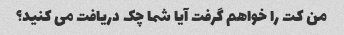
من کت را خواهم گرفت آیا شما چک دریافت می کنید؟